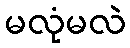
မလုံမလဲ